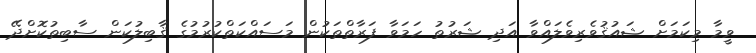
ވީމާ މިކަމަށް ޝައުޤުވެރިވެލައްވާ އަދި ޝަރުތު ހަމަވާ ފަރާތްތަކުން މަސައްކަތްކުރުމުގެ ޤާބިލުކަން ސާބިތުކޮށްދޭ